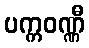
ပက္ကဝဏ္ဏီ